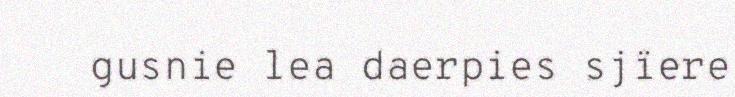
gusnie lea daerpies sjïere